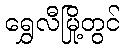
ရွှေလီမြို့တွင်